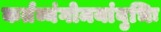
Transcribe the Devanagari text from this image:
कर्तव्यंगोमयांबुभिः